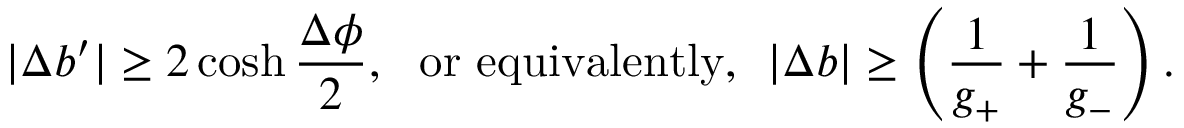
| \Delta b ^ { \prime } | \ge 2 \cosh { \frac { \Delta \phi } { 2 } } , ~ ~ \mathrm { o r ~ e q u i v a l e n t l y , } ~ ~ | \Delta b | \ge \left( \frac { 1 } { g _ { + } } + \frac { 1 } { g _ { - } } \right) .